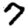
Digit: 7